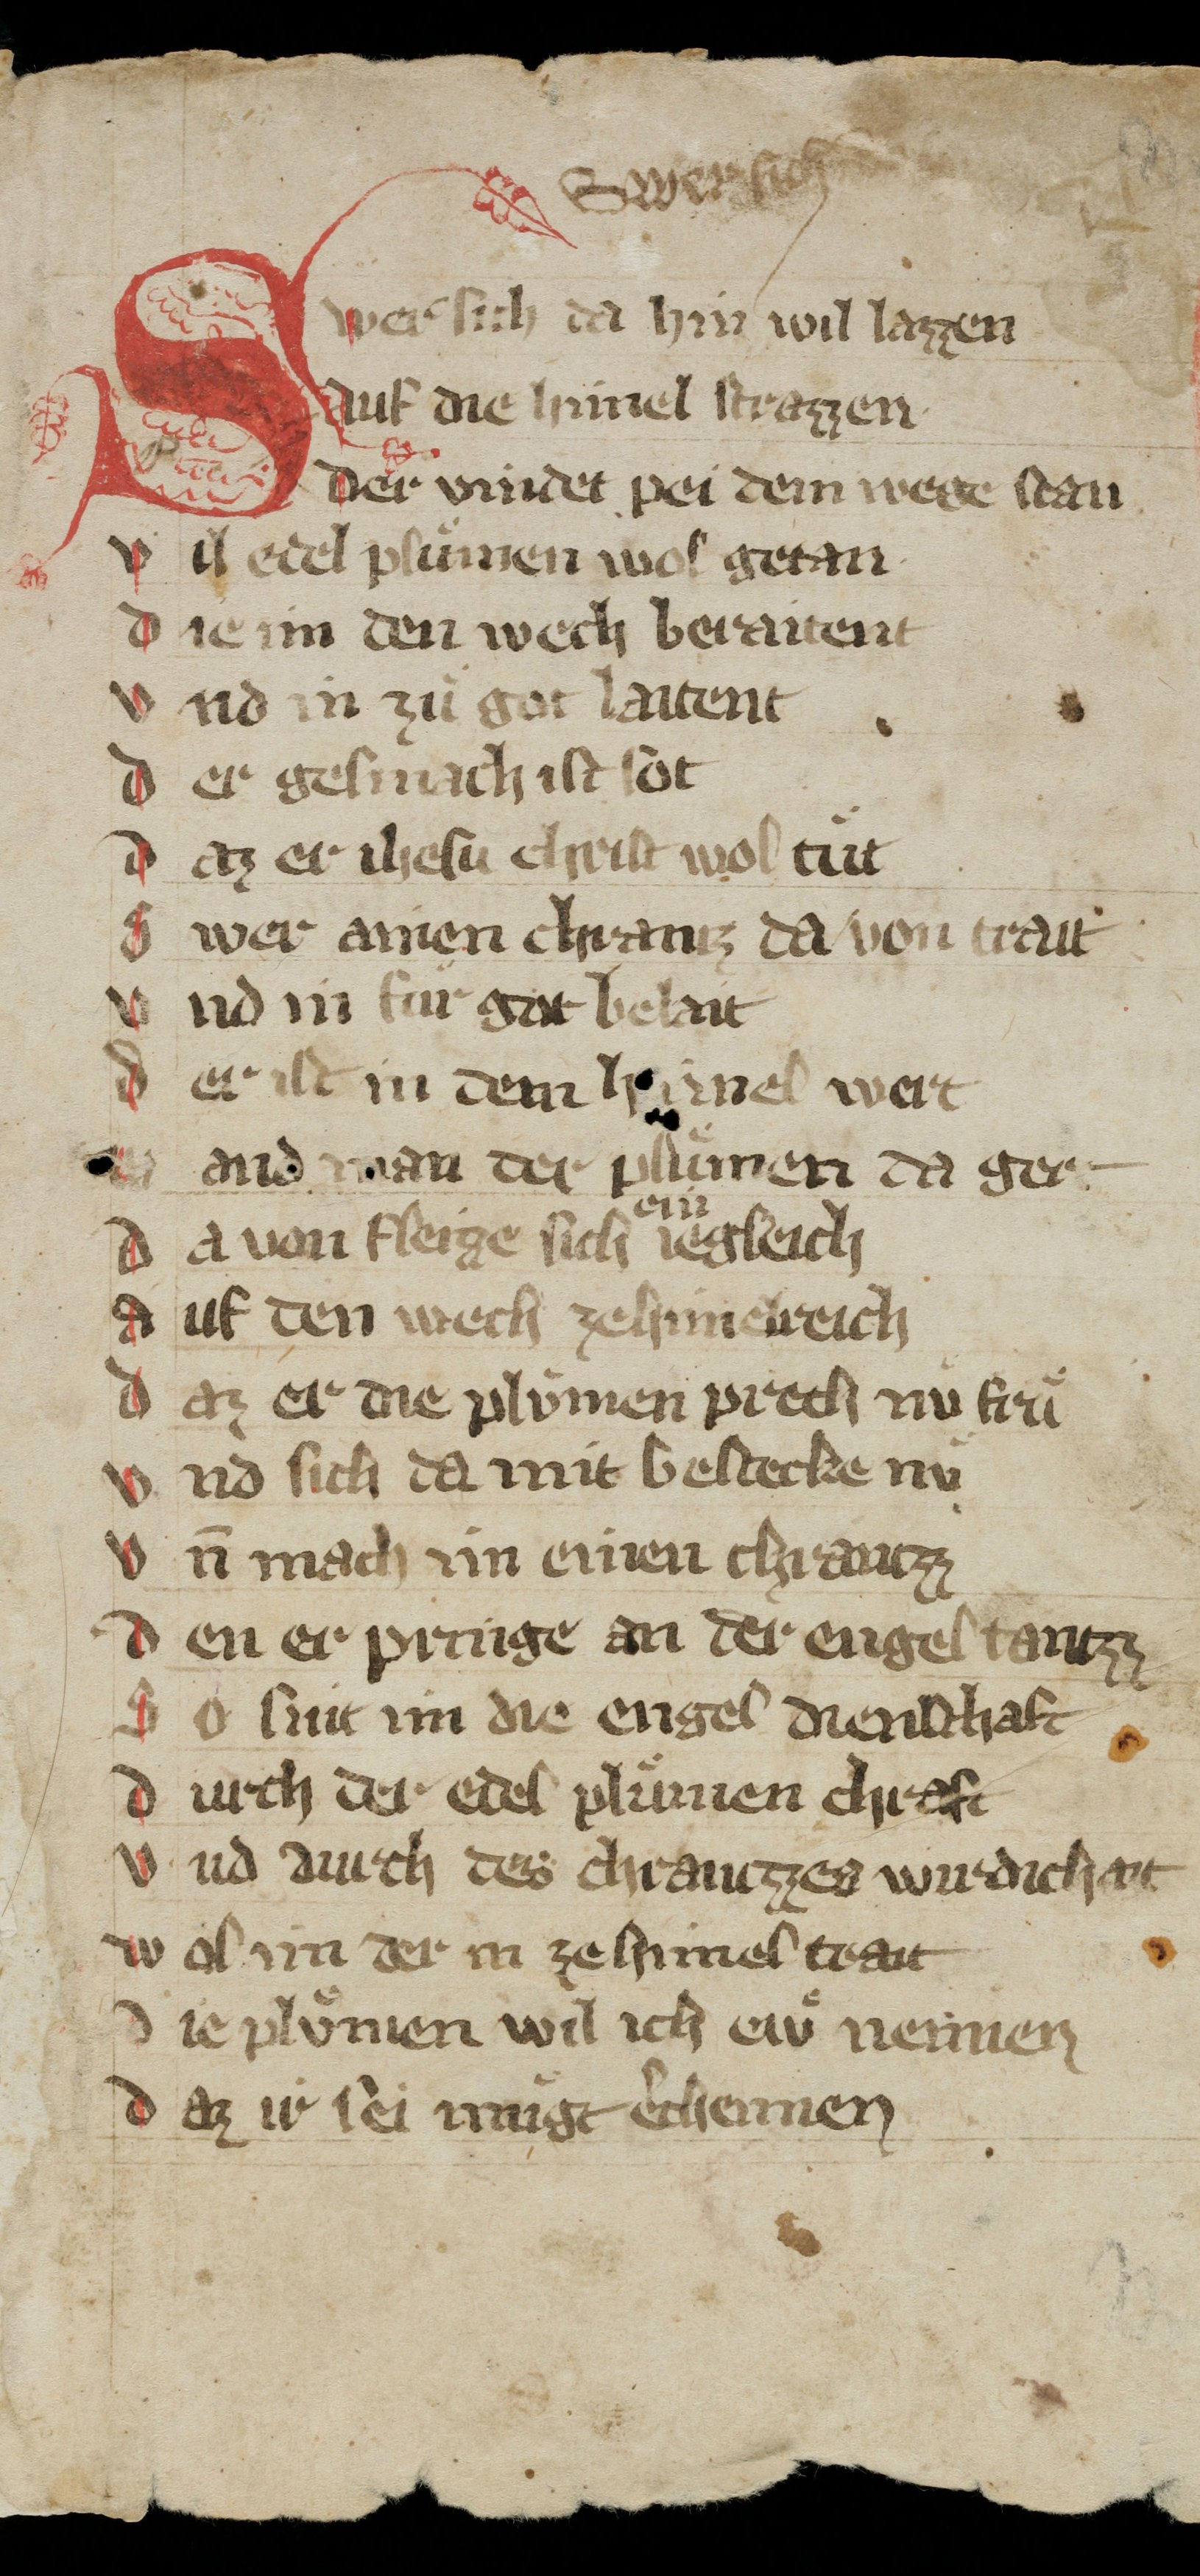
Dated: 1350–1399